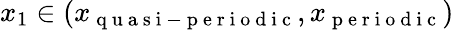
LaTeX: x_{1}\in(x_{\mathrm{~q~u~a~s~i~-~p~e~r~i~o~d~i~c~}},x_{\mathrm{~p~e~r~i~o~d~i~c~}})